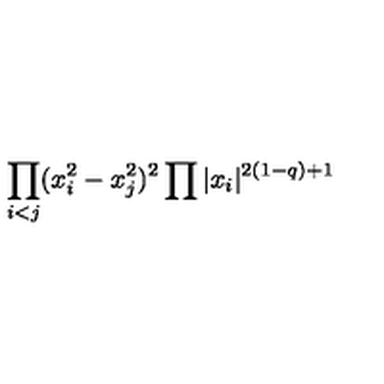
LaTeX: \displaystyle { \prod _ { i < j } ( x _ { i } ^ { 2 } - x _ { j } ^ { 2 } ) ^ { 2 } \prod | x _ { i } | ^ { 2 ( 1 - q ) + 1 } }